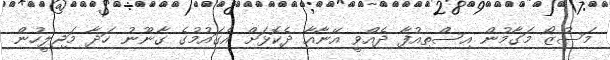
މަސުޒޯ މަގާމުން އިސްތިއުފާ ދެއްވީ އޭނާއާ ދެކޮޅަށް އެގައުމުގެ ގާނޫނު ހަދާ މަޖިލީހުން